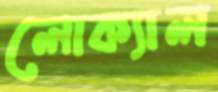
লোক্যাল